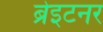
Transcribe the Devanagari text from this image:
ब्रेइटनर